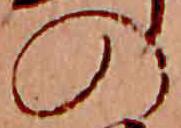
の